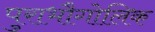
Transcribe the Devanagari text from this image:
पुराभौगोलिक